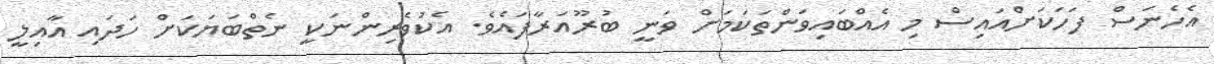
އެެހެނަސް ފަހަކަށްއައިސް މި އެއްބައިވަންތަކަމަށް ވަނީ ބުރޫއަރާފައެވެ. އެކުވެރިންނަކީ ނެތްބަޔަކަށް ހަދައި އާއިލީ